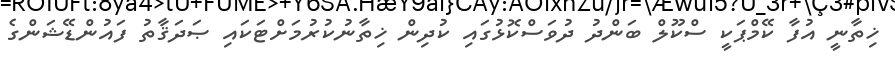
ޚިތާނީ އުފާ ކޭމްޕަކީ ސްކޫލް ބަންދު ދުވަސްކޮޅުގައި ކުދިން ޚިތާނުކުރުމަށްޓަކައި ޞަދަޤާތު ފައުންޑޭޝަންގެ